Report on the lunatic asylums under the Government of Bombay - 1904-1913
Year: 1904
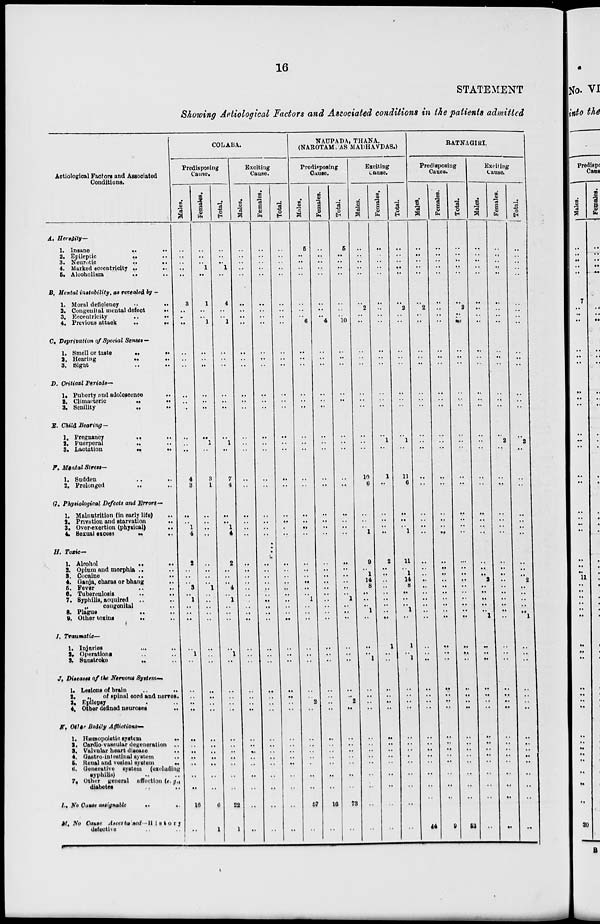
16
STATEMENT
Showing Aetiological Factors and Associated conditions in the patients admitted
Aetiological Factors and Associated
Conditions.
A. Heredity—
1.Insane .. ..
2. Epileptic .. ..
3. Neurotic
..
..
4. Marked eccentricity
..
..
5. Alcoholism
..
..
B. Mental instability as recealed by—
1. Moral deficiency .. ..
2. Congenital mental defect
..
3. Eccentricity .. ..
4. Previous attack .. ..
C. Deprivation of Special Senses—
1. Smell or taste
..
..
2. Hearing .. ..
3. Sight .. ..
D. Critical Periods—
1. Puberty and adolescence
..
2. Climacteric
..
..
3. Senility
..
..
E. Child Bearing —
1. Pregnancy
..
..
2. Puerperal
..
..
3. Lactation
..
..
F. Mental Stress—
1. Sudden .. ..
2. Prolonged .. ..
G. Physiological Defects and Errors—
1. Malnutrition (in early life) ..
2. Privation and starvation
..
3. Over-exertion (physical)
..
4. Sexual excess
..
..
H. Toxic—
1. Alcohol
..
..
2. Opium and morphia .. ..
3. Cocaine .. ..
4. Ganja, charas or bhang ..
5. Fever .. ..
6. Tuberculosis .. ..
7. Syphilis, acquired .. ..
„
congenital ..
8. Plague
..
..
9. Other toxins
..
..
I. Traumatic—
1. Injuries .. ..
2. Operations .. ..
3. Sunstroke
..
..
J. Diseases of the Nervous Sytem—
1. Lesions of brain .. ..
2.
„
of spinal cord and nerves.
3. Epilepsy .. ..
4. Other defined neuroses
..
K. Other Bodily Afflictions—
1. Hæmopoietic system
..
2. Cardio-vascular degeneration ..
3. Valvular heart disease ..
4. Gastro-intestinal system ..
5. Renal and vesical system
..
6. Generative system (excluding
syphilis) .. ..
7. Other general affection (e.g.,
diabetes .. ..
L. No Cause assignable .. ..
M. No Cause Ascertained—HISTORY
defective .. ..
COLABA.
Predisposing
Cause.
Males.
..
..
..
..
..
3
..
..
..
..
..
..
..
..
..
..
..
..
4
3
..
..
1
4
2
..
..
..
3
..
1
..
..
..
..
1
..
..
..
..
..
..
..
..
..
..
..
..
16
..
Females.
..
..
..
1
..
1
..
..
1
..
..
..
..
..
..
..
1
..
3
1
..
..
..
..
..
..
..
..
1
..
..
..
..
..
..
..
..
..
..
..
..
..
..
..
..
..
..
..
6
1
Total.
..
..
..
1
..
4
..
..
1
..
..
..
..
..
..
..
1
..
7
4
..
..
1
4
2
..
..
..
4
..
1
..
..
..
..
1
..
..
..
..
..
..
..
..
..
..
..
..
22
1
Exciting
Cause.
Males.
..
..
..
..
..
..
..
..
..
..
..
..
..
..
..
..
..
..
..
..
..
..
..
..
..
..
..
..
..
..
..
..
..
..
..
..
..
..
..
..
..
..
..
..
..
..
..
..
..
..
Females.
..
..
..
..
..
..
..
..
..
..
..
..
..
..
..
..
..
..
..
..
..
..
..
..
..
..
..
..
..
..
..
..
..
..
..
..
..
..
..
..
..
..
..
..
..
..
..
..
..
..
Total.
..
..
..
..
..
..
..
..
..
..
..
..
..
..
..
..
..
..
..
..
..
..
..
..
..
..
..
..
..
..
..
..
..
..
..
..
..
..
..
..
..
..
..
..
..
..
..
..
..
..
NAUPADA, THANA.
(NAROTAM DAS MADHAVDAS.)
Predisposing
Cause.
Males.
5
..
..
..
..
..
..
..
6
..
..
..
..
..
..
..
..
..
..
..
..
..
..
..
..
..
..
..
..
..
1
..
..
..
..
..
..
..
..
2
..
..
..
..
..
..
..
..
57
..
Females.
..
..
..
..
..
..
..
..
4
..
..
..
..
..
..
..
..
..
..
..
..
..
..
..
..
..
..
..
..
..
..
..
..
..
..
..
..
..
..
..
..
..
..
..
..
..
..
..
16
..
Total.
5
..
..
..
..
..
..
..
10
..
..
..
..
..
..
..
..
..
..
..
..
..
..
..
..
..
..
..
..
..
1
..
..
..
..
..
..
..
..
2
..
..
..
..
..
..
..
..
73
..
Exciting
Cause.
Males.
..
..
..
..
..
..
2
..
..
..
..
..
..
..
..
..
..
..
10
6
..
..
..
1
9
..
1
14
8
..
..
..
1
..
..
..
1
..
..
..
..
..
..
..
..
..
..
..
..
..
Females.
..
..
..
..
..
..
..
..
..
..
..
..
..
..
..
..
1
..
1
..
..
..
..
..
2
..
..
..
..
..
..
..
..
..
1
..
..
..
..
..
..
..
..
..
..
..
..
..
..
..
Total.
..
..
..
..
..
..
2
..
..
..
..
..
..
..
..
..
1
..
11
6
..
..
..
1
11
..
1
14
8
..
..
..
1
..
1
..
1
..
..
..
..
..
..
..
. ..
..
..
..
..
..
RATNAGIRI.
Predisposing
Cause.
Males.
..
..
..
..
..
..
2
..
..
..
..
..
..
..
..
..
..
..
..
..
..
..
..
..
..
..
..
..
..
..
..
..
..
..
..
..
..
..
..
..
..
..
..
..
..
..
..
..
..
44
Females.
..
..
..
..
..
..
..
..
..
..
..
..
..
..
..
..
..
..
..
..
..
..
..
..
..
..
..
..
..
..
..
..
..
..
..
..
..
..
..
..
..
..
..
..
..
..
..
..
..
9
Total.
..
..
..
..
..
..
2
..
..
..
..
..
..
..
..
..
..
..
..
..
..
..
..
..
..
..
..
..
..
..
..
..
..
..
..
..
..
..
..
..
..
..
..
..
..
..
..
..
..
53
Exciting
Cause.
Males.
..
..
..
..
..
..
..
..
..
..
..
..
..
..
..
..
..
..
..
..
..
..
..
..
..
..
..
2
..
..
..
..
..
1
..
..
..
..
..
..
..
..
..
..
..
..
..
..
..
..
Females.
..
..
..
..
..
..
..
..
..
..
..
..
..
..
..
..
2
..
..
..
..
..
..
..
..
..
..
..
..
..
..
..
..
..
..
..
..
..
..
..
..
..
..
..
..
..
..
..
..
..
Total.
..
..
..
..
..
..
..
..
..
..
..
..
..
..
..
..
2
..
..
..
..
..
..
..
..
..
..
2
..
..
..
..
..
1
..
..
..
..
..
..
..
..
..
..
..
..
..
..
..
..